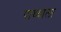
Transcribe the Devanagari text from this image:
पाथ्याला